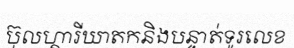
ប៊ុលហ្គារីឃាតកនិងបន្ទាត់ទូរលេខ